Indian journal of veterinary science and animal husbandry - Volumes 18-21, 1948-1951
Year: 1948
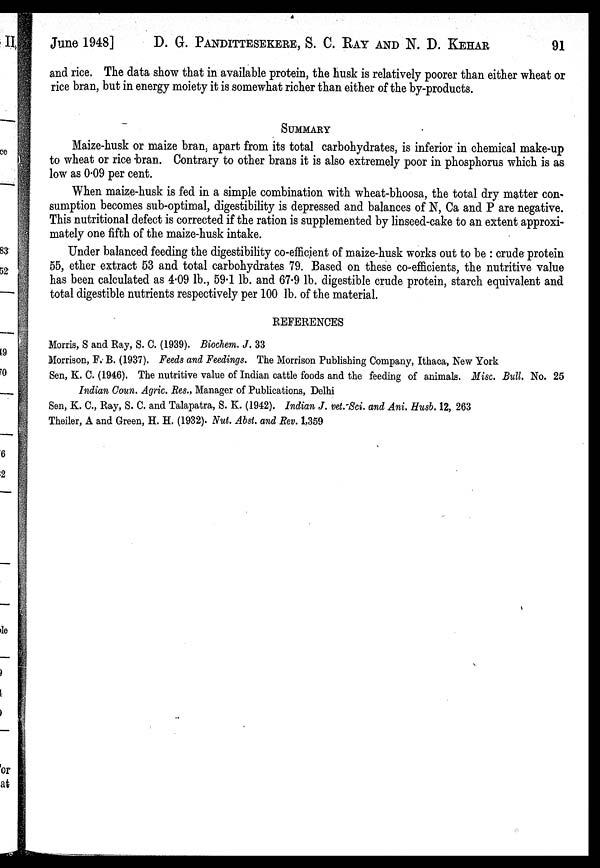
June 1948] D. G. PANDITTESEKERE, S. C. RAY AND N. D. KEHAR 91
and rice. The data show that in available protein, the husk is relatively poorer than either wheat or
rice bran, but in energy moiety it is somewhat richer than either of the by-products.
SUMMARY
Maize-husk or maize bran, apart from its total carbohydrates, is inferior in chemical make-up
to wheat or rice bran. Contrary to other brans it is also extremely poor in phosphorus which is as
low as 0.09 per cent.
When maize-husk is fed in a simple combination with wheat-bhoosa, the total dry matter con-
sumption becomes sub-optimal, digestibility is depressed and balances of N, Ca and P are negative.
This nutritional defect is corrected if the ration is supplemented by linseed-cake to an extent approxi-
mately one fifth of the maize-husk intake.
Under balanced feeding the digestibility co-efficient of maize-husk works out to be: crude protein
55, ether extract 53 and total carbohydrates 79. Based on these co-efficients, the nutritive value
has been calculated as 4.09 lb., 59.1 lb. and 67.9 lb. digestible crude protein, starch equivalent and
total digestible nutrients respectively per 100 lb. of the material.
REFERENCES
Morris, S and Ray, S. C. (1939). Biochem. J. 33
Morrison, F. B. (1937). Feeds and Feedings. The Morrison Publishing Company, Ithaca, New York
Sen, K. C. (1946). The nutritive value of Indian cattle foods and the feeding of animals. Misc. Bull. No. 25
Indian Coun. Agric. Res., Manager of Publications, Delhi
Sen, K. C., Ray, S. C. and Talapatra, S. K. (1942). Indian J. vet. Sci. and Ani. Husb. 12, 263
Theiler, A and Green, H. H. (1932). Nut. Abst. and Rev. 1,359